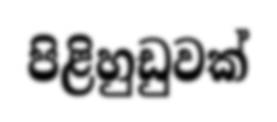
පිළිහුඩුවක්